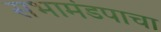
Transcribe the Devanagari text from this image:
सभामंडपाचा